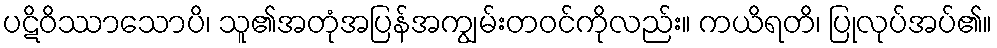
ပဋိဝိဿာသောပိ၊ သူ၏အတုံအပြန်အကျွမ်းတဝင်ကိုလည်း။ ကယိရတိ၊ ပြုလုပ်အပ်၏။